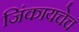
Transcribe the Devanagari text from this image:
जिंकायचेच